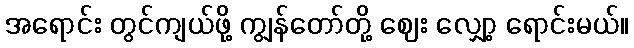
အရောင်း တွင်ကျယ်ဖို့ ကျွန်တော်တို့ ဈေး လျှော့ ရောင်းမယ်။